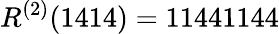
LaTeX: R^{(2)}(1414)=11441144